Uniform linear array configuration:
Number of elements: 24
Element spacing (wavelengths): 0.75
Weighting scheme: hann
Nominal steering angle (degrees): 60
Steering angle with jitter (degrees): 61.885
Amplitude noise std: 0.05
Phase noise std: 0.05

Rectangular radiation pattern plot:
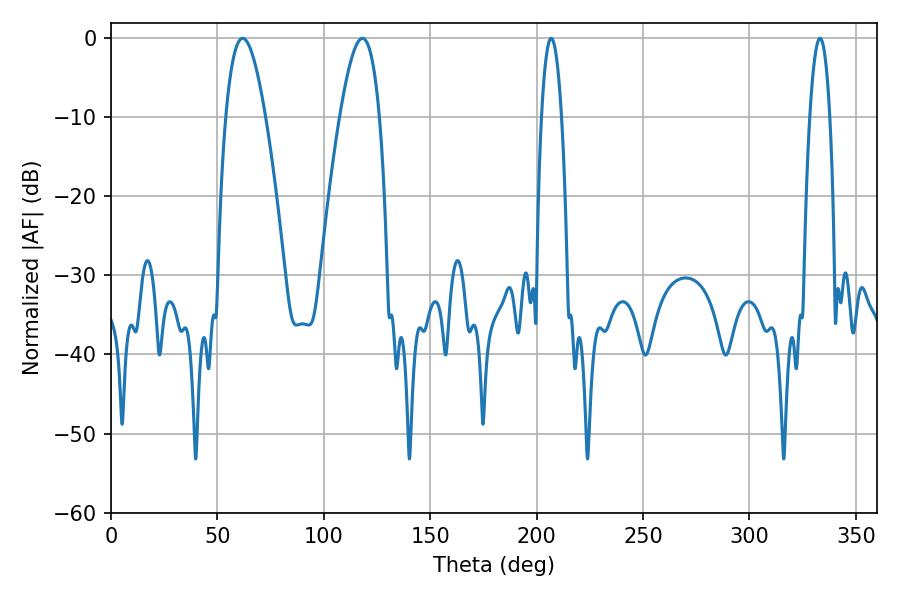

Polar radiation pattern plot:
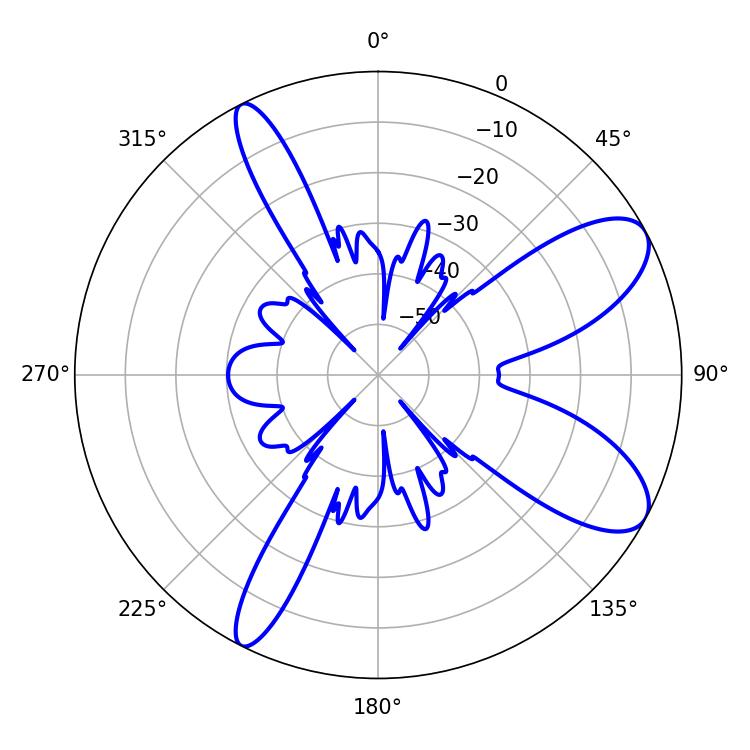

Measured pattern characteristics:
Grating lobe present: TRUE
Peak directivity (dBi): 9.019
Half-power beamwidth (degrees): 5.22
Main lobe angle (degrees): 206.82